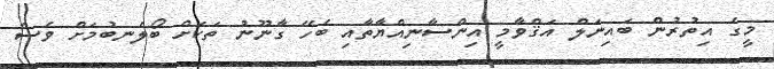
މީގެ އިތުރުން ބައިނަލް އަޤްވާމީ އިންސާނިއްޔާތާއި ބެހޭ ގާނޫނު ތަކަށް ބޯލެނބުމަށް ވެސް